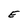
Character: E